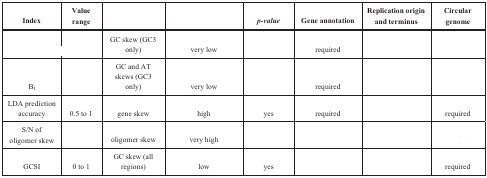
<table><thead><tr><td><b>Index</b></td><td><b>Value range</b></td><td>[EMPTY_CELL]</td><td>[EMPTY_CELL]</td><td><b><i>p-value</i></b></td><td><b>Gene annotation</b></td><td><b>Replication origin and terminus</b></td><td><b>Circular genome</b></td></tr></thead><tbody><tr><td>ΔGC skew</td><td>[EMPTY_CELL]</td><td>GC skew (GC3 only)</td><td>very low</td><td>[EMPTY_CELL]</td><td>required</td><td>[EMPTY_CELL]</td><td>[EMPTY_CELL]</td></tr><tr><td>B<sub>I</sub></td><td>[EMPTY_CELL]</td><td>GC and AT skews (GC3 only)</td><td>very low</td><td>[EMPTY_CELL]</td><td>required</td><td>[EMPTY_CELL]</td><td>[EMPTY_CELL]</td></tr><tr><td>LDA prediction accuracy</td><td>0.5 to 1</td><td>gene skew</td><td>high</td><td>yes</td><td>required</td><td>[EMPTY_CELL]</td><td>required</td></tr><tr><td>S/N of oligomer skew</td><td>[EMPTY_CELL]</td><td>oligomer skew</td><td>very high</td><td>[EMPTY_CELL]</td><td>[EMPTY_CELL]</td><td>[EMPTY_CELL]</td><td>[EMPTY_CELL]</td></tr><tr><td>GCSI</td><td>0 to 1</td><td>GC skew (all regions)</td><td>low</td><td>yes</td><td>[EMPTY_CELL]</td><td>[EMPTY_CELL]</td><td>required</td></tr></tbody></table>